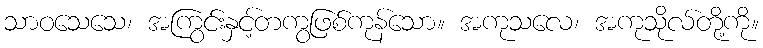
သာဝသေသေ၊ အကြွင်းနှင့်တကွဖြစ်ကုန်သော။ အကုသလေ၊ အကုသိုလ်တို့ကို။